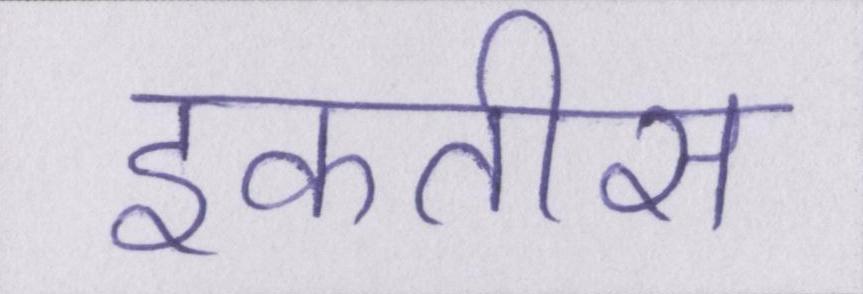
इकतीस